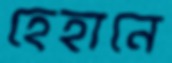
হেহানে